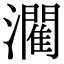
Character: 𤂶